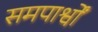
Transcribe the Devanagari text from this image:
समपार्श्वों